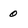
Character: 0